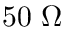
5 0 \ \Omega